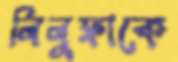
লিলুফাকে